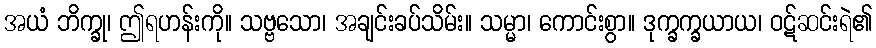
အယံ ဘိက္ခု၊ ဤရဟန်းကို။ သဗ္ဗသော၊ အချင်းခပ်သိမ်း။ သမ္မာ၊ ကောင်းစွာ။ ဒုက္ခက္ခယာယ၊ ဝဋ်ဆင်းရဲ၏